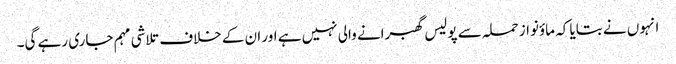
انہوں نے بتایا کہ ماؤنواز حملہ سے پولیس گھبرانے والی نہیں ہے اور ان کے خلاف تلاشی مہم جاری رہے گی۔